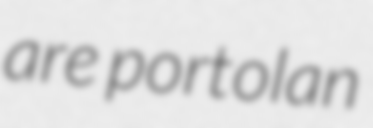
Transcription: are portolan